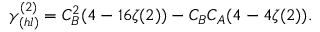
\gamma _ { ( h l ) } ^ { ( 2 ) } = C _ { B } ^ { 2 } ( 4 - 1 6 \zeta ( 2 ) ) - C _ { B } C _ { A } ( 4 - 4 \zeta ( 2 ) ) .